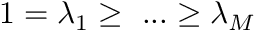
1 = \lambda _ { 1 } \geq \ . . . \geq \lambda _ { M }